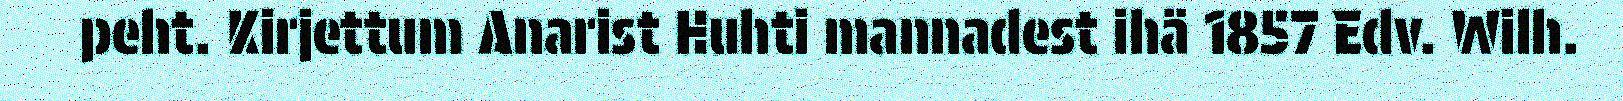
peht. Kirjettum Anarist Huhti mannadest ihä 1857 Edv. Wilh.